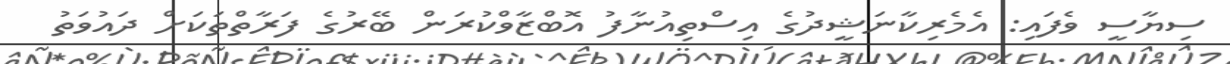
ސިޔާސީ ވެފައި: އެމެރިކާނަޝީދުގެ އިސްތިއުނާފު އޮބްޒާވްކުރަން ބޭރުގެ ފަރާތްތަކަށް ދައުވަތު